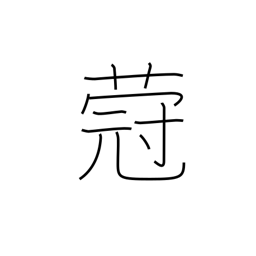
Meaning: type of plant